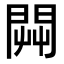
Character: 𨴔